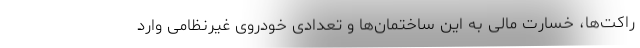
راکت‌ها، خسارت مالی به این ساختمان‌ها و تعدادی خودروی غیرنظامی وارد